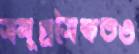
সমুদ্রসৈকতও